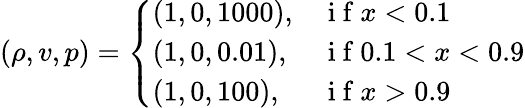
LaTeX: (\rho,v,p)=\left\{ \begin{array}{ll}{(1,0,1000),}&{\mathrm{~i~f~}x<0.1}\\ {(1,0,0.01),}&{\mathrm{~i~f~}0.1<x<0.9}\\ {(1,0,100),}&{\mathrm{~i~f~}x>0.9}\end{array}\right.